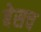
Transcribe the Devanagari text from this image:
बेसच